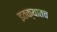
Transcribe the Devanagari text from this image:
इतक्यातच